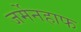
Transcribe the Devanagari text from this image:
जर्मेनहाफ